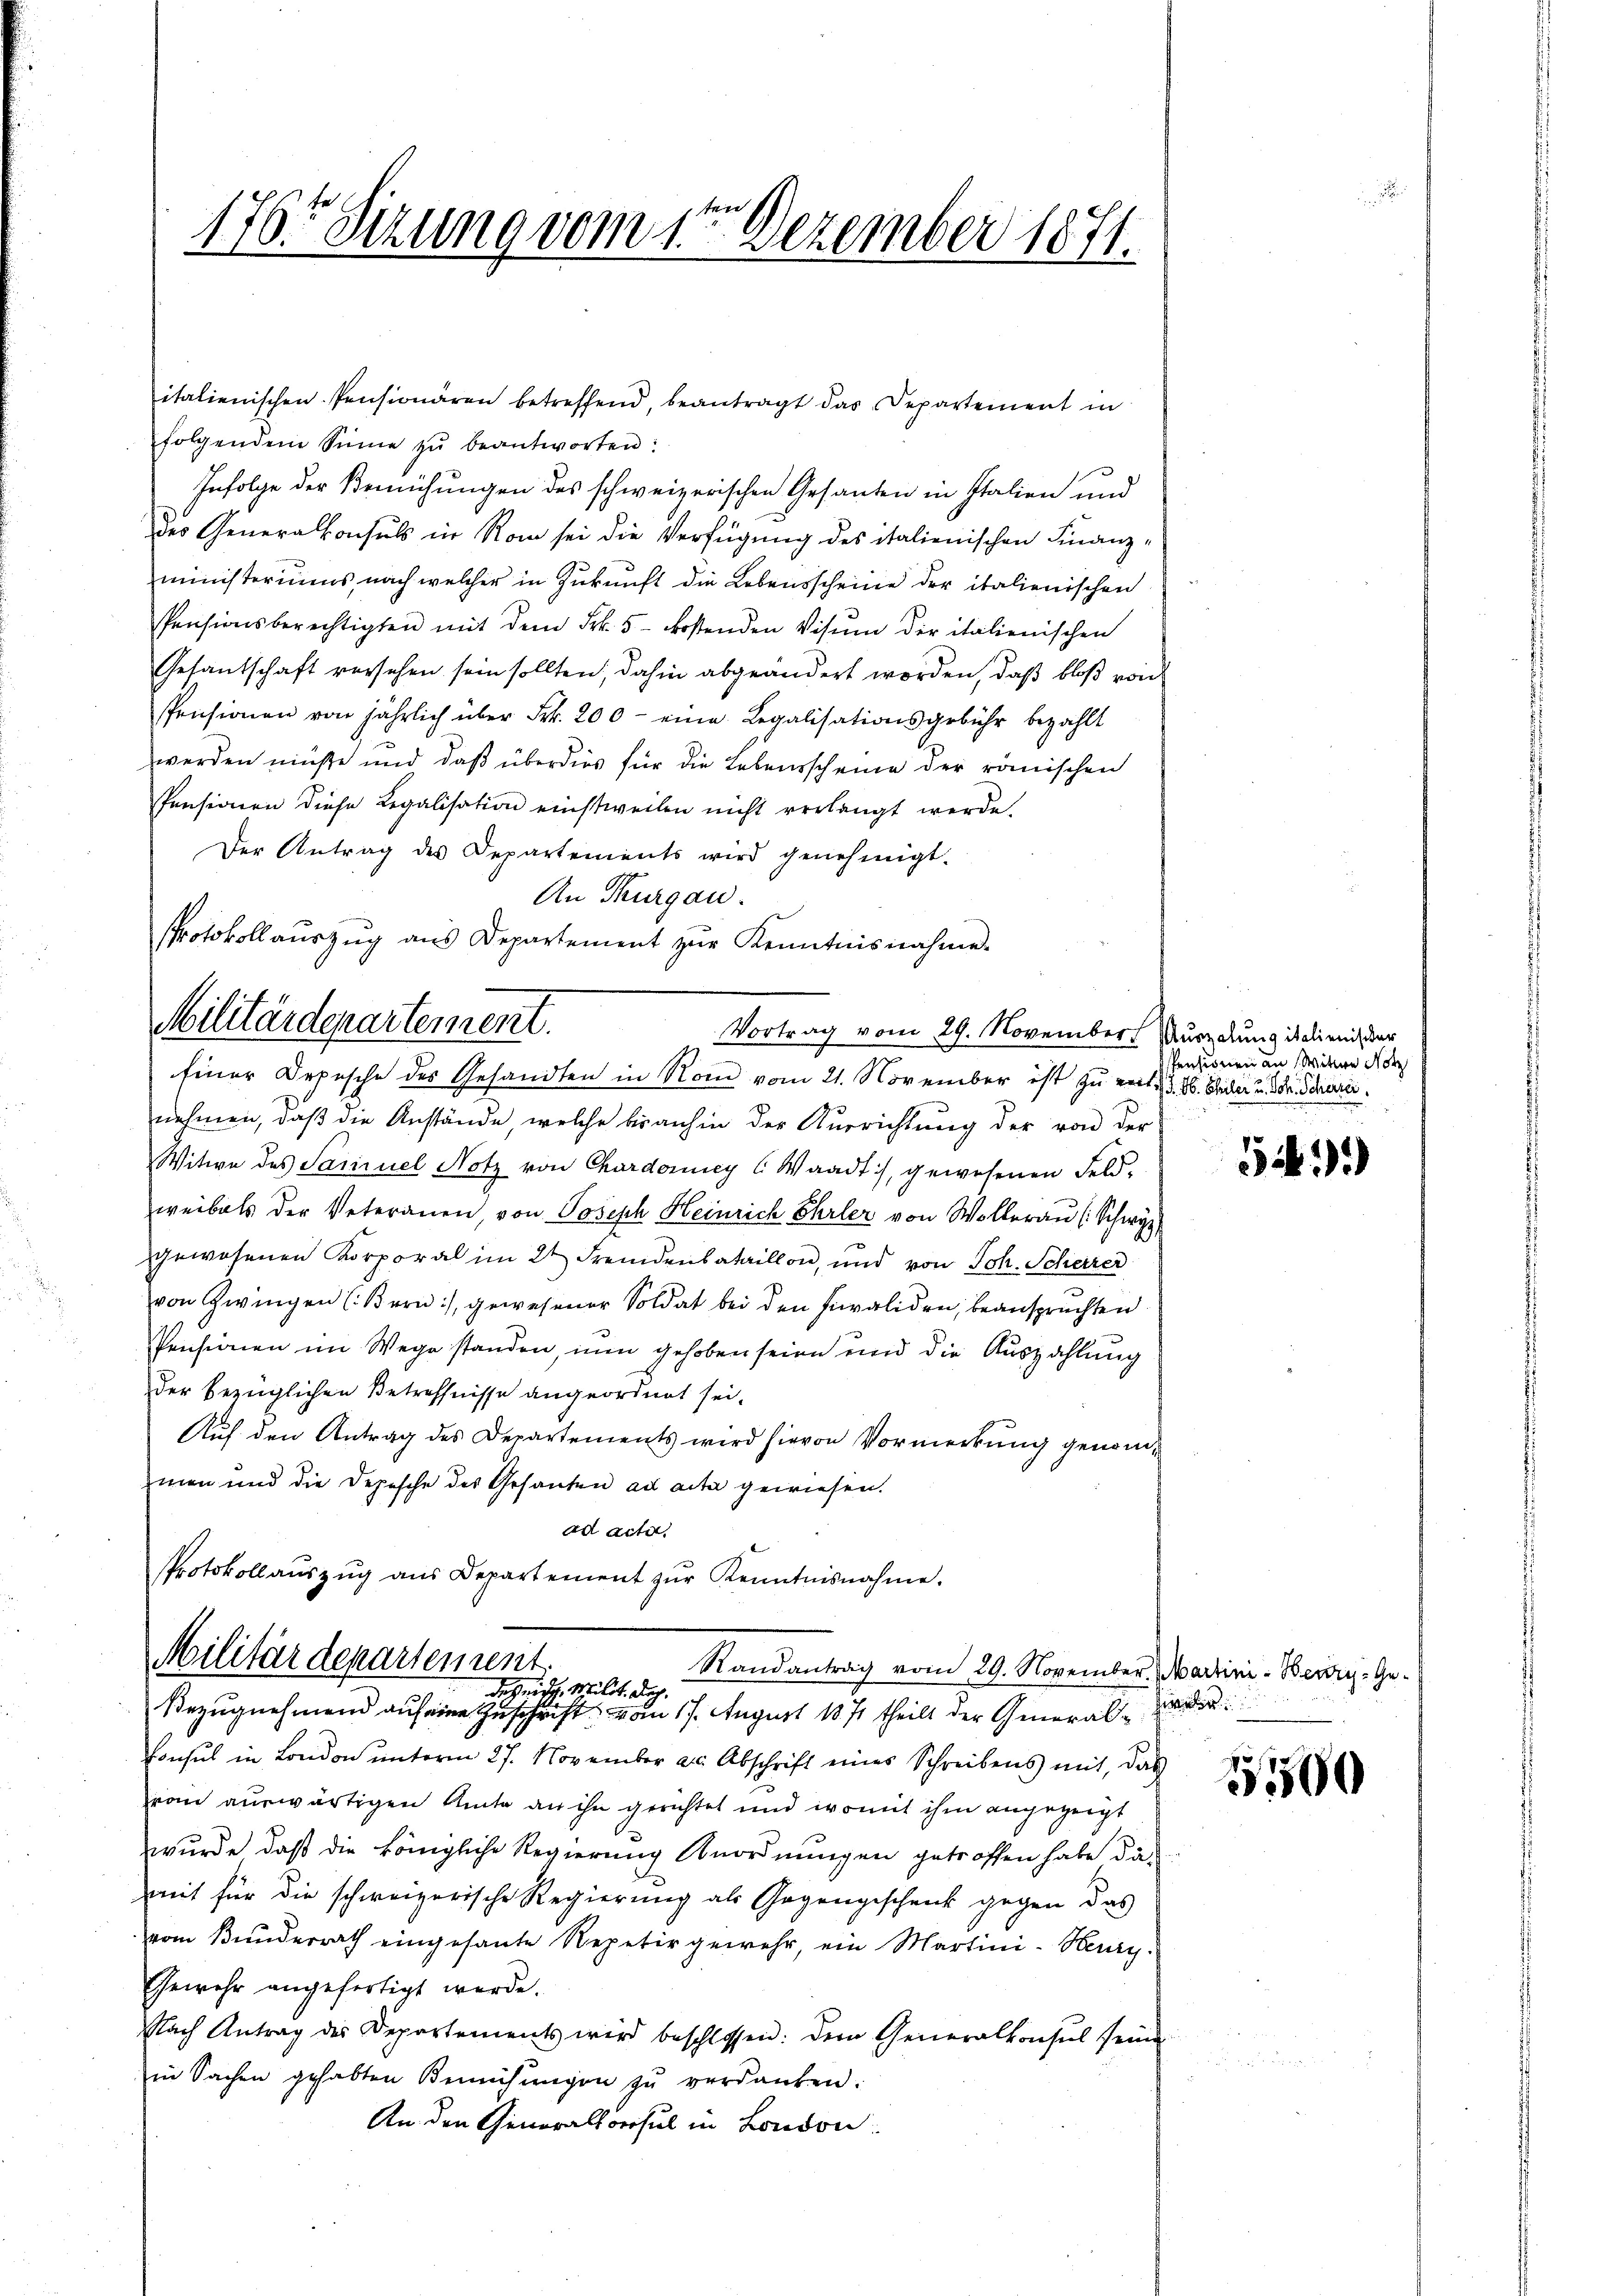
176. Sizung vom 1te͇n Dezember 1871.

folgendem Sinne zŭ beantworten:
Infolge der Bemühungen des schweizerischen Gesanten in Italien und
des Generalkonsuls in Rom sei die Verfügung des italienischen Finanzministeriums, nach welcher in Zukunft die Lebensscheine der italienischen
Pensionsberechtigten mit dem Frk. 5 kostenden Visum der italienischen
Gesantschaft versehen sein sollten, dahin abgeändert worden, daß bloß von
Pensionen von jährlich über Frk. 200 - eine Legalisationsgebühr bezahlt
werden müße und daß überdies für die Lebensscheine der römischen
Pensionen diese Legalisation einstweilen nicht verlangt werde.
Der Antrag des Departements wird genehmigt.
An Thurgau.
Protokollaŭszŭg ans Departement zŭr Kenntnisnahme.
Militärdepartement.

italienischen Pensionären betreffend, beantragt das Departement in

Vortrag vom 29. November Wurzelung italienis der
Einer Depesche des Gesandten in Rom vom 21. November ist zu ents S. 26. Seiter u. dr. Schrei

nehmen, daß die Anstände, welche bis anhin der Ausrichtung der von der
Witwe des Sariziel Notz von Chardonney ( Waadt, gewesenen Feld-
weibals der Veteranen, von Joseph Heinrich Ehrler von Wollerau (Schwyz
gewesenen Korporal im 2t Fremdenbataillon, und von Joh. Scherer
von Zwingen (Bern), gewesener Soldat bei den Invaliden, beanspruchten
Pensionen im Wege standen, nun gehoben seien und die Auszahlung
der bezüglichen Betreffnisse angeordnet sei.
Auf den Antrag des Departements wird hievon Vormerkung genommen und die Depesche des Gesanten ad acta gewiesen.
ad acta.
Protokollaŭszŭg aŭs Departement zŭr Kenntnisnahme.

Militärdepartement.
Randantrag vom 29. November. Martini - Berry-Gedes eidg. Milit. Dez.
Bezugnehmend auf eine Zuschrift vom 17. August 1871 theilt der General¬

Consul in London unterm 27. November als Abschrift eines Schreibens mit, das
rom auswärtigen Amte an ihn gerichtet und womit ihm angezeigt
wurde, daß die königliche Regierung Anordnungen getroffen habe da-
mit für die schweizerische Regierŭng als Gegengeschenk gegen das
vom Bunderrath eingesante Repetir gewehr, ein Martini-Kerry.
Gewehr angefertigt werde.
Nach Antrag des Departements wird beschlossen: der Generalkonsul seine
in Sachen gehabten Bemühungen zŭ verdanken:
An den Generalkonsul in London

Pensionen an Wittwe Not

5

15500

e

e